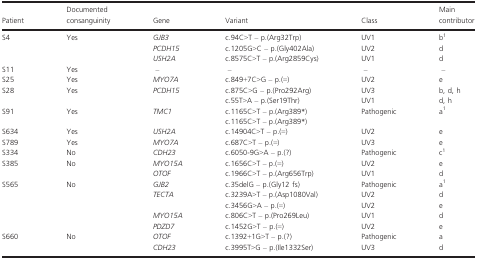
<table><thead><tr><td><b>Patient</b></td><td><b>Documented consanguinity</b></td><td><b>Gene</b></td><td><b>Variant</b></td><td><b>Class</b></td><td><b>Main contributor</b></td></tr></thead><tbody><tr><td rowspan="3">S4</td><td rowspan="3">Yes</td><td><i>GJB3</i></td><td>c.94C&gt;T – p.(Arg32Trp)</td><td>UV1</td><td>b1</td></tr><tr><td><i>PCDH15</i></td><td>c.1205G&gt;C – p.(Gly402Ala)</td><td>UV2</td><td>d</td></tr><tr><td><i>USH2A</i></td><td>c.8575C&gt;T – p.(Arg2859Cys)</td><td>UV1</td><td>d</td></tr><tr><td>S11</td><td>Yes</td><td><i>–</i></td><td>–</td><td>–</td><td>–</td></tr><tr><td>S25</td><td>Yes</td><td><i>MYO7A</i></td><td>c.849+7C&gt;G – p.(=)</td><td>UV2</td><td>e</td></tr><tr><td rowspan="2">S28</td><td rowspan="2">Yes</td><td rowspan="2"><i>PCDH15</i></td><td>c.875C&gt;G – p.(Pro292Arg)</td><td>UV3</td><td>b, d, h</td></tr><tr><td>c.55T&gt;A – p.(Ser19Thr)</td><td>UV1</td><td>d, h</td></tr><tr><td rowspan="2">S91</td><td rowspan="2">Yes</td><td rowspan="2"><i>TMC1</i></td><td>c.1165C&gt;T – p.(Arg389<sup>*</sup>)</td><td rowspan="2">Pathogenic</td><td rowspan="2">a1</td></tr><tr><td>c.1165C&gt;T – p.(Arg389<sup>*</sup>)</td></tr><tr><td>S634</td><td>Yes</td><td><i>USH2A</i></td><td>c.14904C&gt;T – p.(=)</td><td>UV2</td><td>e</td></tr><tr><td>S789</td><td>Yes</td><td><i>MYO7A</i></td><td>c.687C&gt;T – p.(=)</td><td>UV3</td><td>e</td></tr><tr><td>S334</td><td>No</td><td><i>CDH23</i></td><td>c.6050-9G&gt;A – p.(?)</td><td>Pathogenic</td><td>c1</td></tr><tr><td rowspan="2">S385</td><td rowspan="2">No</td><td><i>MYO15A</i></td><td>c.1656C&gt;T – p.(=)</td><td>UV2</td><td>e</td></tr><tr><td><i>OTOF</i></td><td>c.1966C&gt;T – p.(Arg656Trp)</td><td>UV1</td><td>d</td></tr><tr><td rowspan="5">S565</td><td rowspan="5">No</td><td><i>GJB2</i></td><td>c.35delG – p.(Gly12 fs)</td><td>Pathogenic</td><td>a1</td></tr><tr><td rowspan="2"><i>TECTA</i></td><td>c.3239A&gt;T – p.(Asp1080Val)</td><td>UV2</td><td>d</td></tr><tr><td>c.3456G&gt;A – p.(=)</td><td>UV2</td><td>e</td></tr><tr><td><i>MYO15A</i></td><td>c.806C&gt;T – p.(Pro269Leu)</td><td>UV1</td><td>d</td></tr><tr><td><i>PDZD7</i></td><td>c.1452G&gt;T – p.(=)</td><td>UV2</td><td>e</td></tr><tr><td rowspan="2">S660</td><td rowspan="2">No</td><td><i>OTOF</i></td><td>c.1392+1G&gt;T – p.(?)</td><td>Pathogenic</td><td>a</td></tr><tr><td><i>CDH23</i></td><td>c.3995T&gt;G – p.(Ile1332Ser)</td><td>UV3</td><td>d</td></tr></tbody></table>